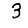
Digit: 3